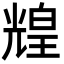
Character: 𤾗